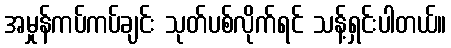
အမှုန်ကပ်ကပ်ချင်း သုတ်ပစ်လိုက်ရင် သန့်ရှင်းပါတယ်။